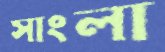
সাংলা